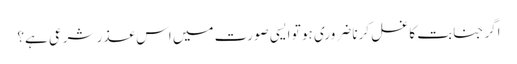
اگر جنابت کا غسل کرنا ضروری ہو تو ایسی صورت میں اس عذر شرعی ہے؟